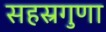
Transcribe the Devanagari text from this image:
सहस्रगुणा